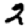
Digit: 2